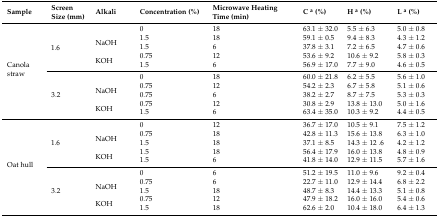
<table><thead><tr><td><b>Sample</b></td><td><b>Screen Size (mm)</b></td><td><b>Alkali</b></td><td><b>Concentration (%)</b></td><td><b>Microwave Heating Time (min)</b></td><td><b>C <sup>a</sup> (%)</b></td><td><b>H <sup>a</sup> (%)</b></td><td><b>L <sup>a</sup> (%)</b></td></tr></thead><tbody><tr><td rowspan="10">Canola straw</td><td rowspan="5">1.6</td><td></td><td>0</td><td>18</td><td>63.1 ± 32.0</td><td>5.5 ± 6.3</td><td>5.0 ± 0.8</td></tr><tr><td rowspan="2">NaOH</td><td>1.5</td><td>18</td><td>59.1 ± 0.5</td><td>9.4 ± 8.3</td><td>4.3 ± 1.2</td></tr><tr><td>1.5</td><td>6</td><td>37.8 ± 3.1</td><td>7.2 ± 6.5</td><td>4.7 ± 0.6</td></tr><tr><td rowspan="2">KOH</td><td>0.75</td><td>12</td><td>53.6 ± 9.2</td><td>10.6 ± 9.2</td><td>5.8 ± 0.3</td></tr><tr><td>1.5</td><td>6</td><td>56.9 ± 17.0</td><td>7.7 ± 9.0</td><td>4.6 ± 0.5</td></tr><tr><td rowspan="5">3.2</td><td></td><td>0</td><td>18</td><td>60.0 ± 21.8</td><td>6.2 ± 5.5</td><td>5.6 ± 1.0</td></tr><tr><td rowspan="2">NaOH</td><td>0.75</td><td>12</td><td>54.2 ± 2.3</td><td>6.7 ± 5.8</td><td>5.1 ± 0.6</td></tr><tr><td>0.75</td><td>6</td><td>38.2 ± 2.7</td><td>8.7 ± 7.5</td><td>5.3 ± 0.3</td></tr><tr><td rowspan="2">KOH</td><td>0.75</td><td>12</td><td>30.8 ± 2.9</td><td>13.8 ± 13.0</td><td>5.0 ± 1.6</td></tr><tr><td>1.5</td><td>6</td><td>63.4 ± 35.0</td><td>10.3 ± 9.2</td><td>4.4 ± 0.5</td></tr><tr><td rowspan="10">Oat hull</td><td rowspan="5">1.6</td><td></td><td>0</td><td>12</td><td>36.7 ± 17.0</td><td>10.5 ± 9.1</td><td>7.5 ± 1.2</td></tr><tr><td rowspan="2">NaOH</td><td>0.75</td><td>18</td><td>42.8 ± 11.3</td><td>15.6 ± 13.8</td><td>6.3 ± 1.0</td></tr><tr><td>1.5</td><td>18</td><td>37.1 ± 8.5</td><td>14.3 ± 12 .6</td><td>4.2 ± 1.2</td></tr><tr><td rowspan="2">KOH</td><td>1.5</td><td>18</td><td>56.4 ± 17.9</td><td>16.0 ± 13.8</td><td>4.8 ± 0.9</td></tr><tr><td>1.5</td><td>6</td><td>41.8 ± 14.0</td><td>12.9 ± 11.5</td><td>5.7 ± 1.6</td></tr><tr><td rowspan="5">3.2</td><td></td><td>0</td><td>6</td><td>51.2 ± 19.5</td><td>11.0 ± 9.6</td><td>9.2 ± 0.4</td></tr><tr><td rowspan="2">NaOH</td><td>0.75</td><td>6</td><td>22.7 ± 11.0</td><td>12.9 ± 14.4</td><td>6.8 ± 2.2</td></tr><tr><td>1.5</td><td>18</td><td>48.7 ± 8.3</td><td>14.4 ± 13.3</td><td>5.1 ± 0.8</td></tr><tr><td rowspan="2">KOH</td><td>0.75</td><td>12</td><td>47.9 ± 18.2</td><td>16.0 ± 16.0</td><td>5.4 ± 0.6</td></tr><tr><td>1.5</td><td>18</td><td>62.6 ± 2.0</td><td>10.4 ± 18.0</td><td>6.4 ± 1.3</td></tr></tbody></table>